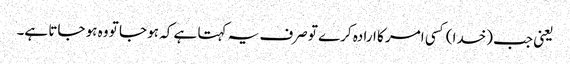
یعنی جب (خدا) کسی امر کا ارادہ کرے تو صرف یہ کہتا ہے کہ ہو جا تو وہ ہو جاتا ہے۔